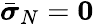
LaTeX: \bar{\boldsymbol{\sigma}}_{N}={\mathbf 0}